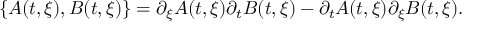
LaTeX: \lbrace A ( t , \xi ) , B ( t , \xi ) \rbrace = \partial _ { \xi } A ( t , \xi ) \partial _ { t } B ( t , \xi ) - \partial _ { t } A ( t , \xi ) \partial _ { \xi } B ( t , \xi ) .